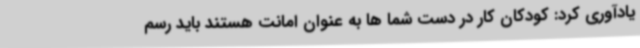
یادآوری کرد: کودکان کار در دست شما ها به عنوان امانت هستند باید رسم